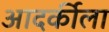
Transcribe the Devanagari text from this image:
आदर्कीला